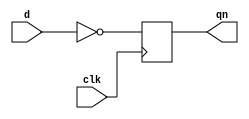
// This program was cloned from: https://github.com/siliconcompiler/lambdalib
// License: MIT License

//#############################################################################
//# Function: Positive edge-triggered inverting static D-type flop-flop       #
//# Copyright: Lambda Project Authors. All rights Reserved.                   #
//# License:  MIT (see LICENSE file in Lambda repository)                     #
//#############################################################################

module la_dffqn #(
    parameter PROP = "DEFAULT"
) (
    input d,
    input clk,
    output reg qn
);

    always @(posedge clk) qn <= ~d;

endmodule